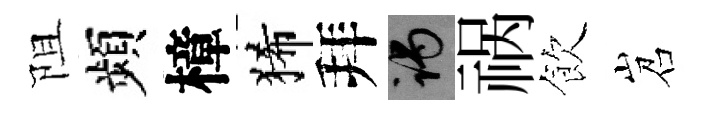
阻頻樟狶拜谒祸飲岧